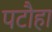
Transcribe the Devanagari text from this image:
पटौहा